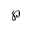
\wp